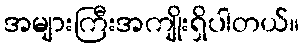
အများကြီးအကျိုးရှိပါတယ်။